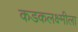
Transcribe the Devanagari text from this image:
कडकलक्ष्मीला